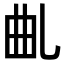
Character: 𠃪